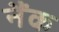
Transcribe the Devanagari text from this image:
नैंक